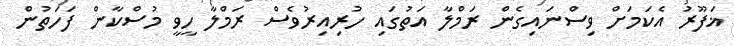
ޣަފޫރު އެކަމަށް ވިސްނައިގެން ރަމްލާ އަތުގައި ހުރިއިރުވެސް ރަމްލާ ހީވީ މުސްކާން ފަހަތުން